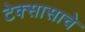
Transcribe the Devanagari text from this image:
टेक्सासाचे